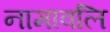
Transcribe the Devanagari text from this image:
नामावलि